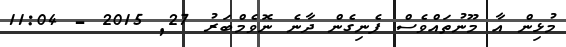
މުޅިން އާ މޫނުތައްވެސް ފެނިގެން ދާނެ ނޮވެމްބަރު 27